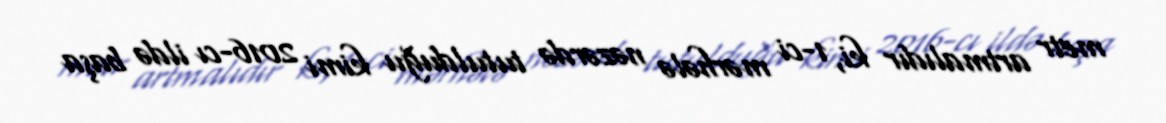
metr artmalıdır ki, 1-ci mərhələ nəzərdə tutulduğu kimi 2016-cı ildə başa